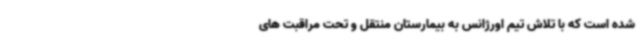
شده است که با تلاش تیم اورژانس به بیمارستان منتقل و تحت مراقبت های